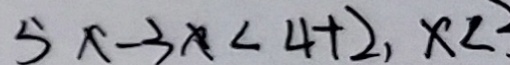
5 x - 3 x < 4 + 2 , x <